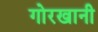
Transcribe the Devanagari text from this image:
गोरखानी